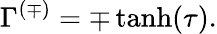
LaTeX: \Gamma^{(\mp)}=\mp\operatorname{tanh}(\tau).